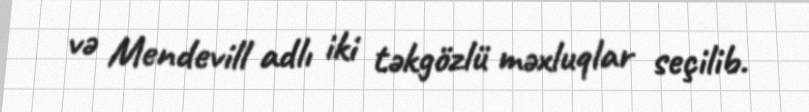
və Mendevill adlı iki təkgözlü məxluqlar seçilib.